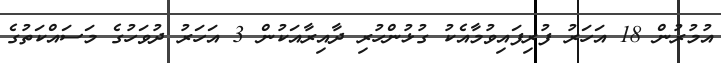
އުމުރުން 18 އަހަރު ފުރިފައިވުމާއެކު ގުޅުންހުރި ދާއިރާއަކުން 3 އަހަރު ދުވަހުގެ މަސައްކަތުގެ